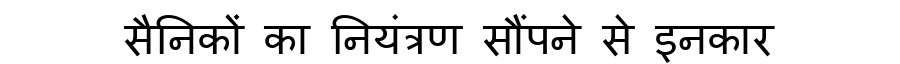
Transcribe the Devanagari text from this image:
सैनिकों का नियंत्रण सौंपने से इनकार